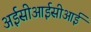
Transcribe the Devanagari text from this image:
अईसीआईसीआई